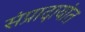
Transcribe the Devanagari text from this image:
संप्रादायांत